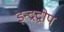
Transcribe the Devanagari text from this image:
इन्द्रद्वीप